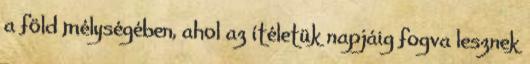
a föld mélységében, ahol az ítéletük napjáig fogva lesznek